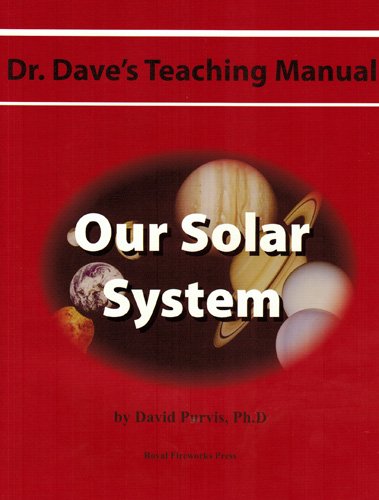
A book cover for Dr. Dave's Teaching Manual: Our Solar System (Dr. Dave's Teaching Manuals); Ph.D Dave Purvis; Science & Math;